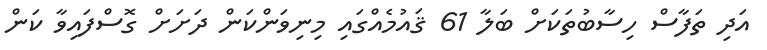
އަދި ތަފާސް ހިސާބުތަކަށް ބަލާ 61 ޤައުމެއްގައި މިނިވަންކަން ދަށަށް ގޮސްފައިވާ ކަން